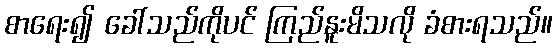
စာရေး၍ ခေါ်သည်ကိုပင် ကြည်နူးမိသလို ခံစားရသည်။